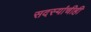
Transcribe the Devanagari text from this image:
सदस्यांचीही